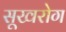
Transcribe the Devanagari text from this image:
सूखरोग